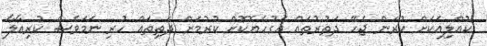
ކުއްލިއަކަށް ކުރަން ޖެހޭ ދަތުރުތައް އަގުހެޔޮކޮށް ކުރުމަށް ދަތިތައް ހުރި ނަމަވެސް ކުރިއާލާ